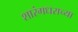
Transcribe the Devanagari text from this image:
शारंगधराच्या